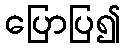
ပြောပြ၍